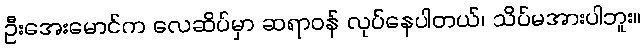
ဦးအေးမောင်က လေဆိပ်မှာ ဆရာဝန် လုပ်နေပါတယ်၊ သိပ်မအားပါဘူး။